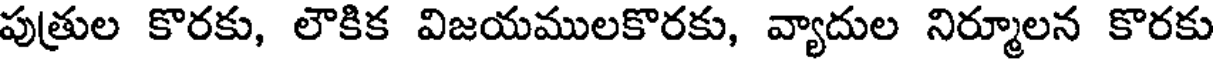
పుత్రుల కొరకు, లౌకిక విజయములకొరకు, వ్యాదుల నిర్మూలన కొరకు